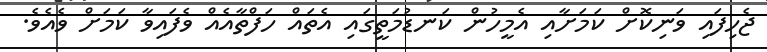
ޖެހިފައި ވަނިކޮށް ކަމަށާއި އެމީހުން ކަނޑުމަތީގައި އެތައް ހަފްތާއެއް ވެފައިވާ ކަމަށް ވެއެވެ.